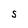
Character: S